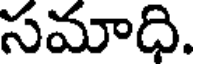
సమాధి.